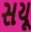
સયૂ